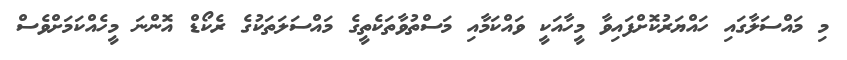
މި މައްސަލާގައި ހައްޔަރުކޮށްފައިވާ މީހާއަކީ ވައްކަމާއި މަސްތުވާތަކެތީގެ މައްސަލަތަކުގެ ރެކޯޑް އޮންނަ މީހެއްކަމަށްވެސް